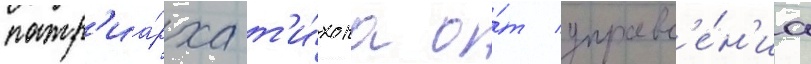
патр'иа́рха т'и́хона о́т управл'е́н'иа